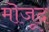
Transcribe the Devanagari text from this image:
मॊजूद